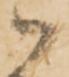
御